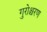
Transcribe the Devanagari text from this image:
गुरोश्चरण